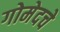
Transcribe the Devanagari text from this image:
गोमेदचे